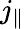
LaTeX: j_{\parallel}